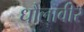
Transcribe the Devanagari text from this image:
धौलावीर